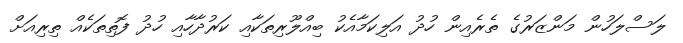
ލަސްލަހުން މަންޒަރުގެ ތެރެއިން ހުދު އަލިކަމާއެކު ބިއްލޫރިތަކާއި ކަރުދާހާއި ހުދު ފޮތިތަކެއް ތިރިއަށް